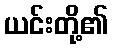
ယင်းတို့၏